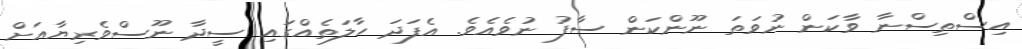
އިސްތިސްނާ ވާކަން ނުވަތަ ނޫންކަން ސާފު ނުވެއެވެ. އެފަދަ ހާލަތެއްގައި ސީދާ ނޫސްވެރިޔާއަށް